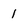
Character: 1